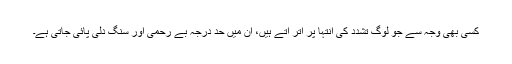
کسی بھی وجہ سے جو لوگ تشدد کی انتہا پر اتر آتے ہیں، اُن میں حد درجہ بے رحمی اور سنگ دلی پائی جاتی ہے۔